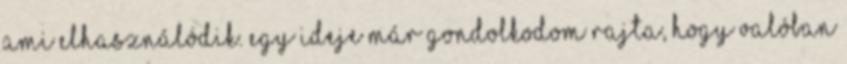
ami elhasználódik. Egy ideje már gondolkodom rajta, hogy valóban